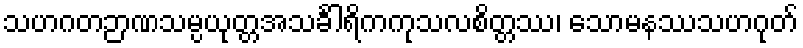
သဟဂတဉာဏသမ္ပယုတ္တအသင်္ခါရိကကုသလစိတ္တဿ၊ သောမနဿသဟဂုတ်